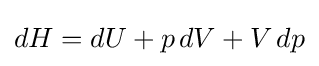
dH=dU+p\,dV+V\,dp